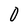
Character: 0